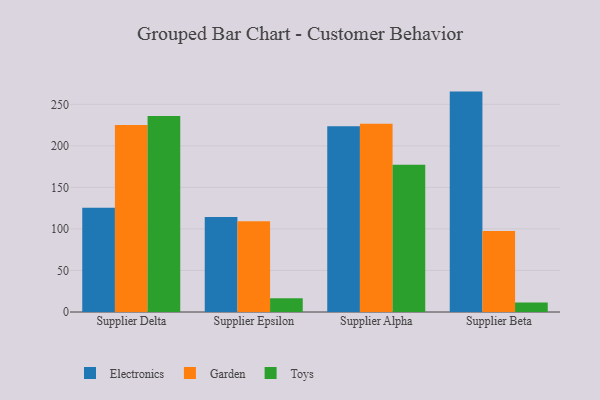
{"axis": {"x": "Supplier", "y": "Backlog"}, "legend": ["Electronics", "Garden", "Toys"], "data": [{"x": "Supplier Delta", "y": 125.4, "type": "Electronics"}, {"x": "Supplier Delta", "y": 225.0, "type": "Garden"}, {"x": "Supplier Delta", "y": 235.9, "type": "Toys"}, {"x": "Supplier Epsilon", "y": 114.4, "type": "Electronics"}, {"x": "Supplier Epsilon", "y": 109.2, "type": "Garden"}, {"x": "Supplier Epsilon", "y": 16.7, "type": "Toys"}, {"x": "Supplier Alpha", "y": 223.5, "type": "Electronics"}, {"x": "Supplier Alpha", "y": 226.6, "type": "Garden"}, {"x": "Supplier Alpha", "y": 177.3, "type": "Toys"}, {"x": "Supplier Beta", "y": 265.3, "type": "Electronics"}, {"x": "Supplier Beta", "y": 97.5, "type": "Garden"}, {"x": "Supplier Beta", "y": 11.3, "type": "Toys"}]}